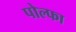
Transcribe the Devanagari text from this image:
पोल्फा